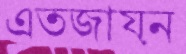
এতজায়ন